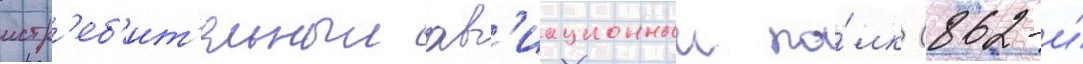
истр'еб'ит'ельныи ав'иационныи по́лк (862-и́